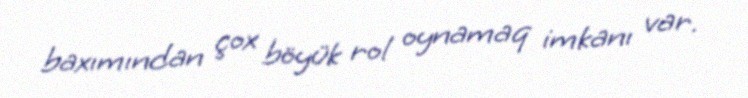
baxımından çox böyük rol oynamaq imkanı var.